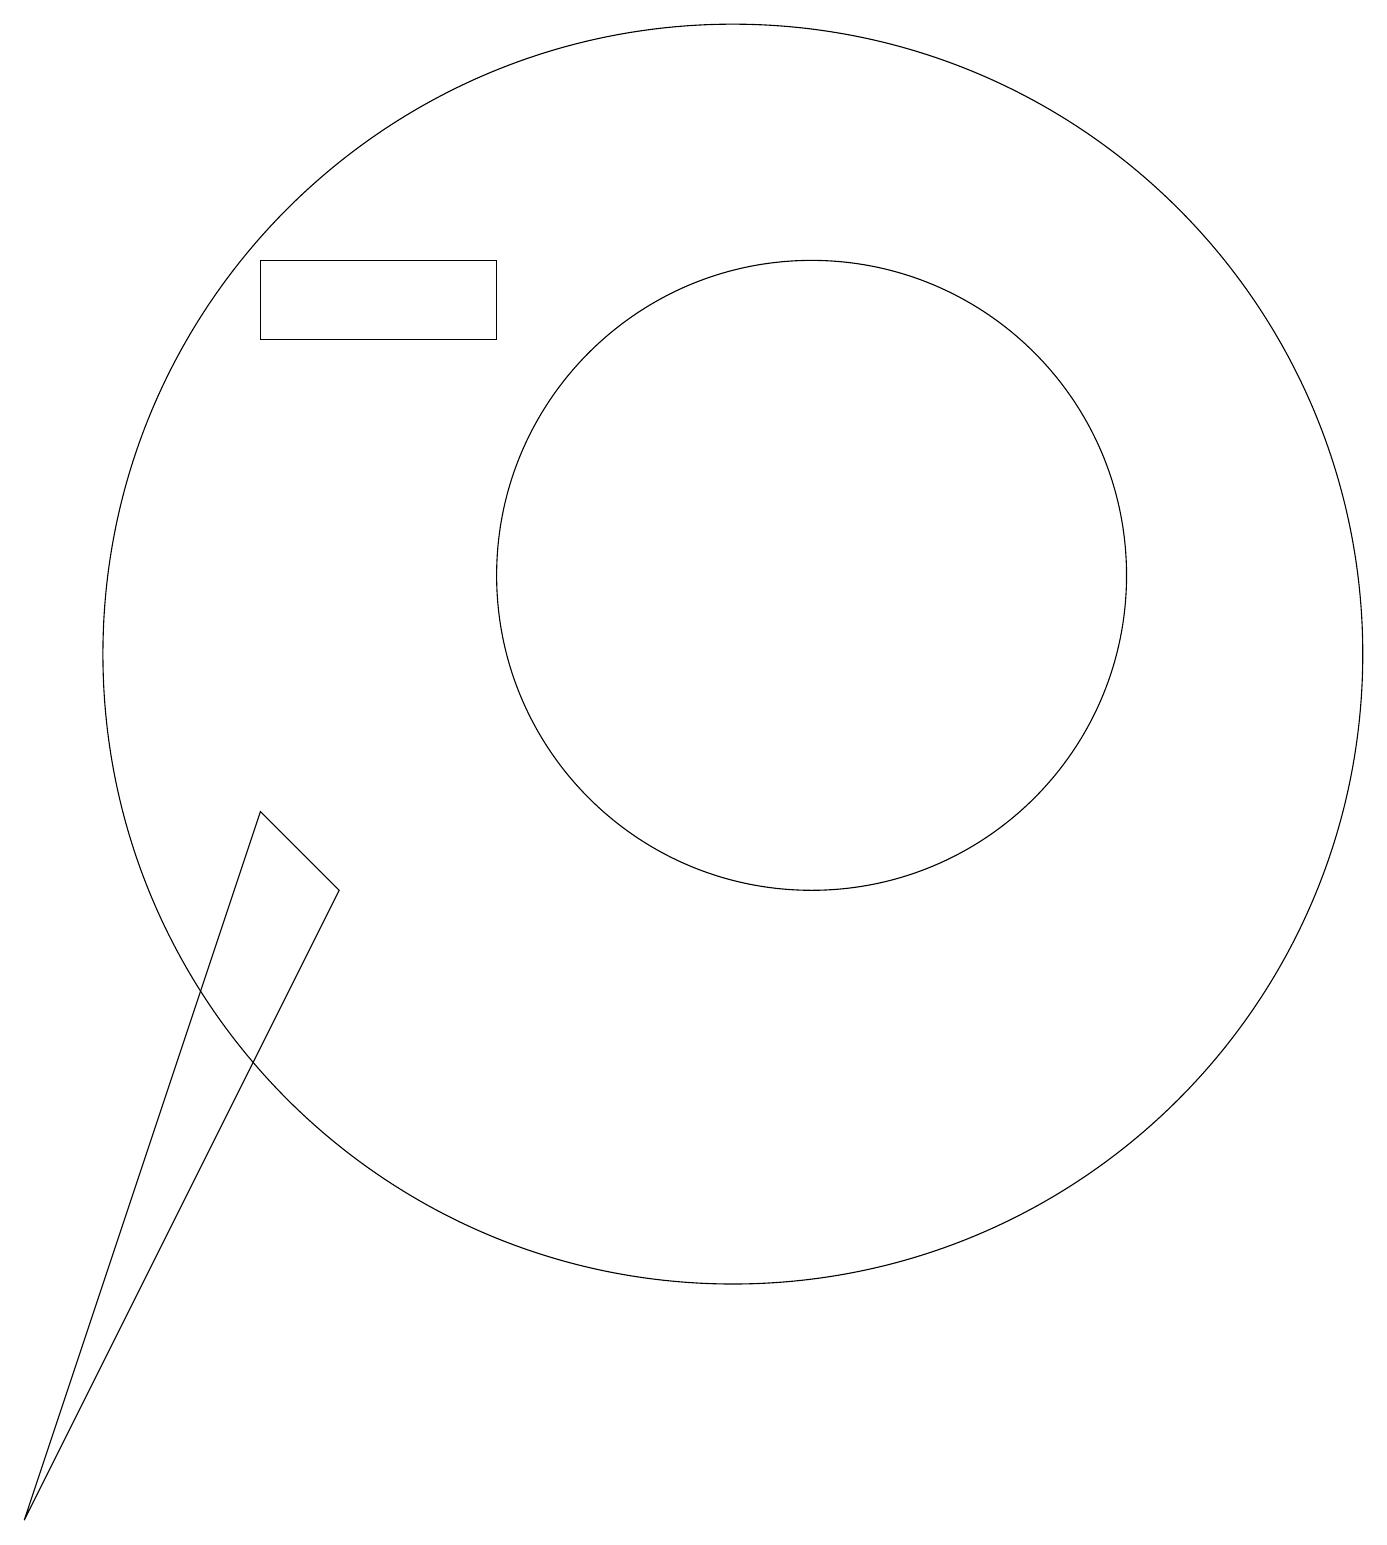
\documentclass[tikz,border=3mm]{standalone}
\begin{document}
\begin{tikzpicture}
\draw (8,16) rectangle (5,15);
\draw (11,11) circle (8);
\draw (4,12) rectangle (4,12);
\draw (2,0) -- (5,9) -- (6,8) -- cycle;
\draw (12,12) circle (4);
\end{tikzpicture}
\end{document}